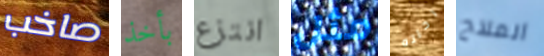
صاخب بأخذ انتزع مثل رحلته الملاح